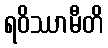
ရဝိဿာမီတိ